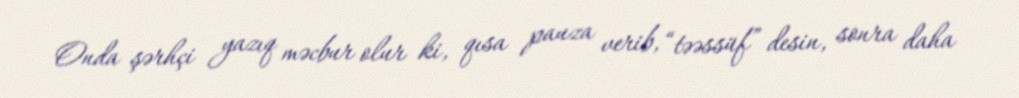
Onda şərhçi yazıq məcbur olur ki, qısa pauza verib, “təəssüf” desin, sonra daha